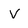
Character: V